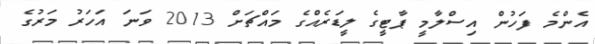
އެންމެ ފަހުން އިސްލާމީ ޕާޓީގެ ލީޑަރެއްގެ މައްޗަށް 2013 ވަނަ އަހަރު މަރުގެ